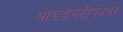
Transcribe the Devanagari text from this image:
आईडेनटीफायर